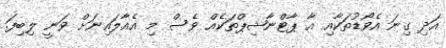
އަދި ގިނަ އެވޯޑުތަކާއި އާ ޕާޓްނާޝިޕްތަކެއް ވެސް މި އެއާލައިނަށް ވަނީ ލިބިފަ.